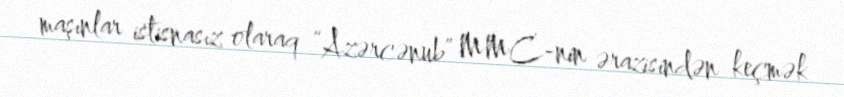
maşınlar istisnasız olaraq “Azərcənub” MMC-nin ərazisindən keçmək